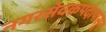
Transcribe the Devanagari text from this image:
नगरसेवकपदापासून